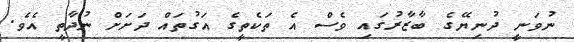
ނުވަނީ ދުނިޔޭގެ ބާޒާރުގައި ވެސް އެ ތަކެތީގެ އަގުތައް ދަށަށް ނުދާތީ އެވެ.